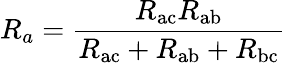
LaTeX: R_{a}={\frac{R_{\mathrm{ac}}R_{\mathrm{ab}}}{R_{\mathrm{ac}}+R_{\mathrm{ab}}+R_{\mathrm{bc}}}}